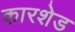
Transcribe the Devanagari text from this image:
कारशेड